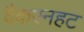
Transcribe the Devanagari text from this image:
वैकएनहट